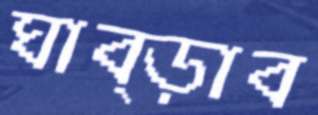
ঘাব্‌ড়াব